Plague in India, 1896, 1897 - Volume 2
Year: 1896
Disease focus: Plague
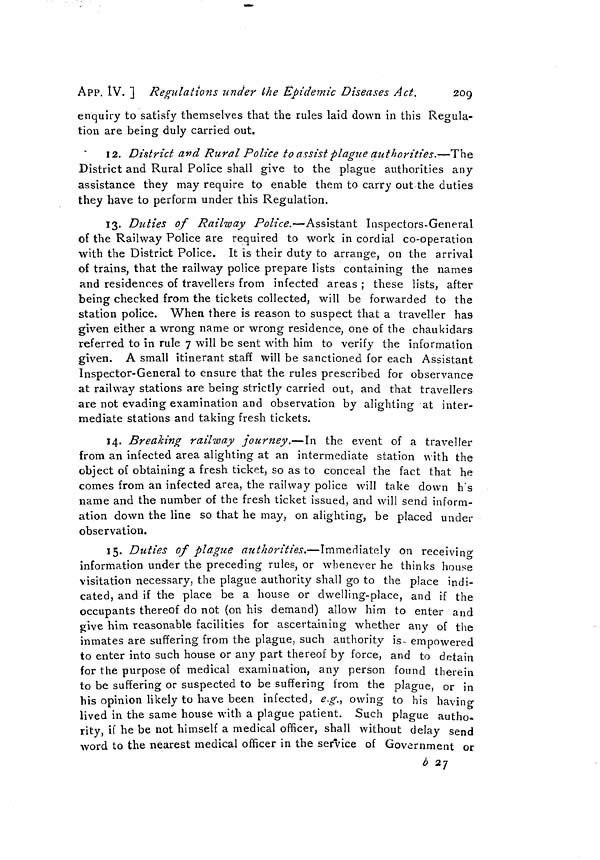
252
Measures to prevent
the
[ APP. IX.
No. 61
Notification No. 823, dated Calcutta, the 5th March 1897.
No. 300, dated the I2th October
1896.
No. 7, dated the 6th January 1897.
In modification of the rules for quarantine against plague, which
were published in Home Department
notifications marginally noted, the
Government of Bombay have with
the previous sanction of the Governor General in Council, altered the
first paragraph of rule III of the rules published therein as follows :—
" III.—On such arrivals being signalled the Heath Officer of the
Port or Port Surgeon or other officer appointed for the
purpose shall, as soon as possible, go alongside the vessel
and ascertain by enquiry from the Commander whether
any person is suffering, or has during the voyage suffered
from plague ; and if the ship carries a duly qualified medi-
cal officer, and if the Port Surgeon or Health Officer of
the Port or other officer appointed for the purpose is satis-
fied after a medical inspection that no person on board is
suffering, or during the voyage has suffered, from plague,
quarantine shall be dispensed with and pratique granted."
No. 62.
Telegram, dated Bombay, the 10th February 1897.
From—The Secretary to the Government of Bombay, General Department,
To—The Secretary to the Government of India, Home Department.
It is doubtful how the published Aden quarantine rules should be
formally amended in order to give effect to the provision in our
notification* 583 of 3rd instant. A letter on the subject will shortly
issue in meantime ; do India require any change beyond that in our
notification of third instant?
No. 63.
Telegram No. 440, dated Calcutta, the I2th February 1897.
From—The Secretary to the Government of India, Home Department,
To—The Secretary to the Government of Bombay, General Department.
Your telegram dated 10th. Quarantine, Regulations Aden. Or-
ders issued in Bombay Government Notification 583, of third, will
suffice pending consideration of letter referred to in your telegram.
No 64.
No. 441, dated Calcutta, the 12th February 1897.
NOTIFICATION .—-By the Government of India, Home Department.
It is notified for general information that the Government of
Bombay have with the previous sanction of the Governor General in
Council declared that quarantine will be imposed on persons landing
at Aden up to ten days from date of leaving Bombay or Karachi.
* The substance of this notification is contained in Government of India Notification
No. 441, dated the 12th February 1897, printed on this page.